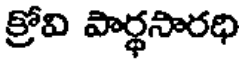
క్రోవి పార్థసారధి